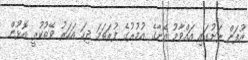
އުފަން ރަށުގައި އައްވާމު އޭނާގެ އުމުރުގެ ފުރަތަމަ ދިހަ އަހަރު ވޭތުކުރީ އޮޅުން